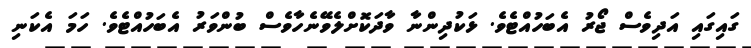
ގައިގައި އަދިވެސް ޖޯރު އެބަހުއްޓެވެ. ޅަކުދިންނާ ވާދަކޮށްލެވޭނެހާވެސް ބުންވަރު އެބަހުއްޓެވެ. ހަމަ އެކަނި